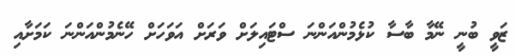
ޒަވީ ބުނީ ނޭމާ ބާސާ ކުޅެމުންއަންނަ ސްޓައިލަށް ވަރަށް އަވަހަށް ހޭނެމުންއަންނަ ކަމަށާއި